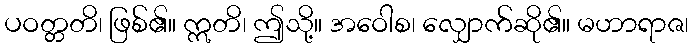
ပဝတ္တတိ၊ ဖြစ်၏။ ဣတိ၊ ဤသို့။ အဝေါစ၊ လျှောက်ဆို၏။ မဟာရာဇ၊